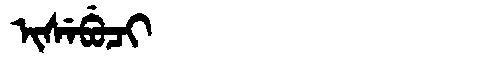
Manchu: ᡳᠰᡝᠪᡠᠴᡳ
Romanization: ISEBUCI